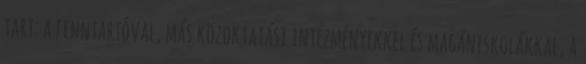
tart: a fenntartóval, más közoktatási intézményekkel és magániskolákkal, a